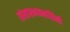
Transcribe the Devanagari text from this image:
संसारभयनाशिनी